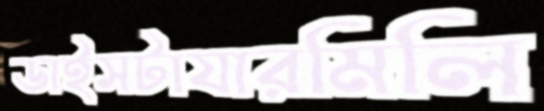
ডাইসটাযারমিলি